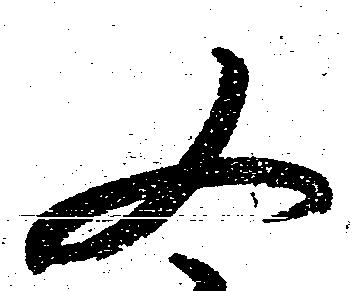
又